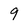
Character: 9